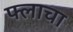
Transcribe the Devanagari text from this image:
फ्लाचा